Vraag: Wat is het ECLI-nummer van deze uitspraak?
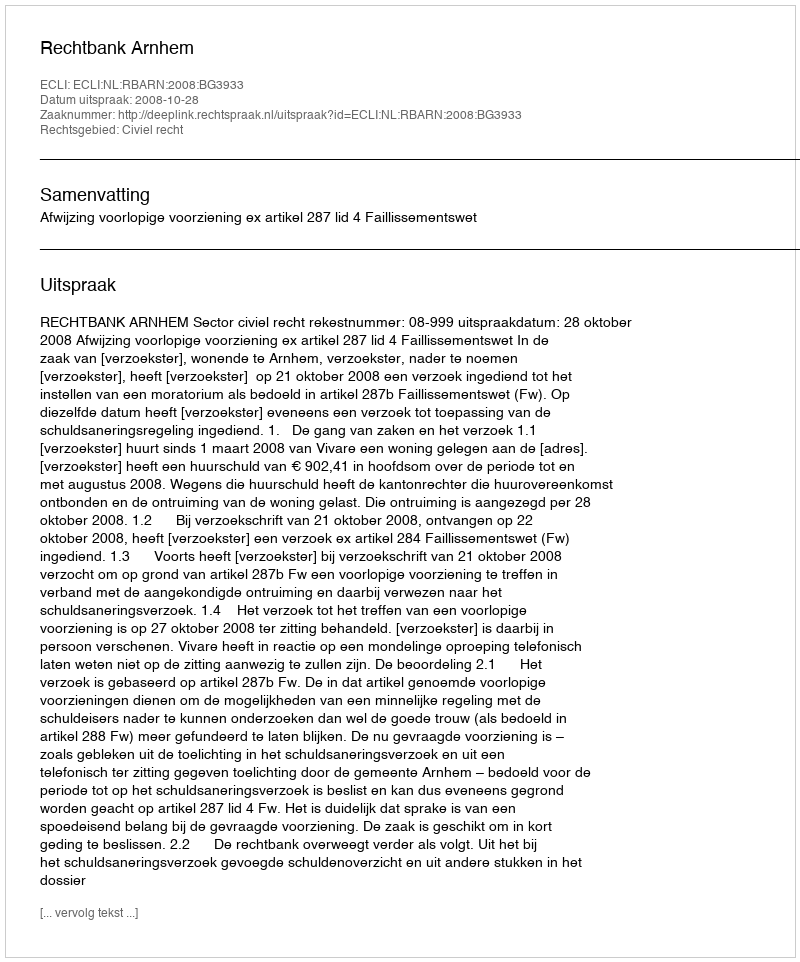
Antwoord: ECLI:NL:RBARN:2008:BG3933